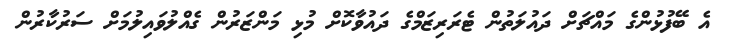
އެ ބޭފުޅުންގެ މައްޗަށް ދައުލަތުން ޓެރަރިޒަމްގެ ދައުވާކޮށް މުޅި މަންޒަރުން ގެއްލުވައިލުމަށް ސަރުކާރުން